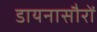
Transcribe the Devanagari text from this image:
डायनासौरों